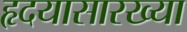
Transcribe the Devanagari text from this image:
हृदयासारख्या